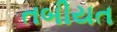
તબીયત